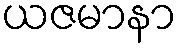
ယဇမာနာ